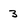
Character: 3